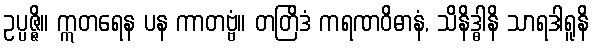
ဥပ္ပဇ္ဇိ။ ဣတရေန ပန ကာတဗ္ဗံ။ တတြိဒံ ကရဏဝိဓာနံ, သိနိဒ္ဓါနိ သာရဒါရူနိ